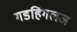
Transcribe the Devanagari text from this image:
गडहिंगलज